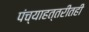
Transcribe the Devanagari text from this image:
पंच्याहत्तरीतही